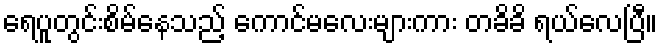
ရေပူတွင်းစိမ်နေသည့် ကောင်မလေးများကား တခိခိ ရယ်လေပြီ။